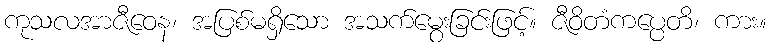
ကုသလအာဇီဝေန၊ အပြစ်မရှိသော အသက်မွေးခြင်းဖြင့်။ ဇီဝိတံကပ္ပေတိ၊ ကား။